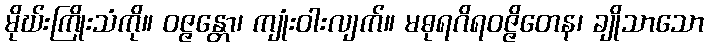
မိုဃ်းကြိုးသံကို။ ဝဇ္ဇန္တော၊ ကျုံးဝါးလျက်။ မဓုရဂိရဝဇ္ဇိတေန၊ ချိုသာသော